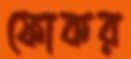
ফোকর